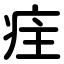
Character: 疰